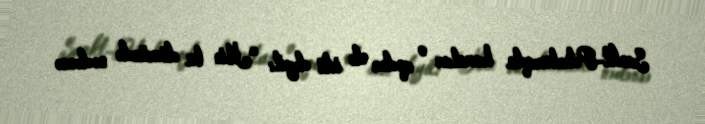
Sankt-Peterburqda havalar o qədər də isti deyil: “İlin bu dövründə nədənsə